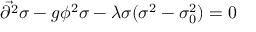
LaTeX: { \vec { \partial ^ { 2 } } } \sigma - g \phi ^ { 2 } \sigma - \lambda \sigma ( \sigma ^ { 2 } - \sigma _ { 0 } ^ { 2 } ) = 0